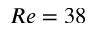
R e = 3 8